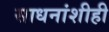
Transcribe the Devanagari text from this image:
साधनांशीही